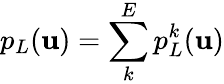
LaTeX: p_{L}({\mathbf u})=\sum_{k}^{E}p_{L}^{k}({\mathbf u})